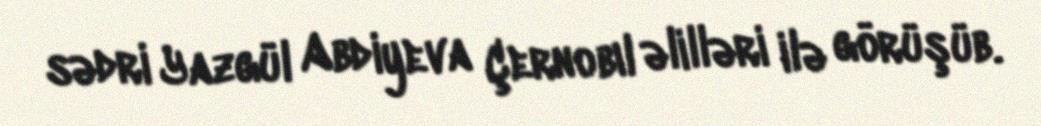
sədri Yazgül Abdiyeva Çernobıl əlilləri ilə görüşüb.